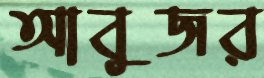
আবুজর